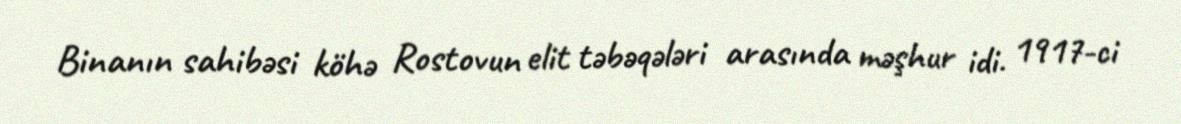
Binanın sahibəsi köhə Rostovun elit təbəqələri arasında məşhur idi. 1917-ci